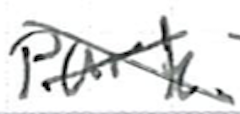
Text: park
Cross-out: cross
Writing tool: ballpoint